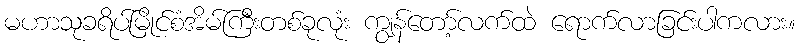
မဟာသုခရိပ်မြိုင်စံအိမ်ကြီးတစ်ခုလုံး ကျွန်တော့်လက်ထဲ ရောက်လာခြင်းပါကလား။